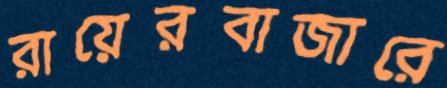
রায়েরবাজারে